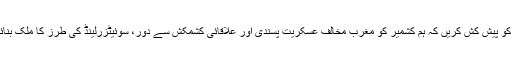
امریکہ کو پیش کش کریں کہ ہم کشمیر کو مغرب مخالف عسکریت پسندی اور علاقائی کشمکش سے دور، سوئیٹزرلینڈ کی طرز کا ملک بنائیں گے۔